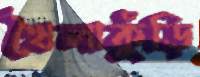
খৈলাকুঁড়ি